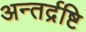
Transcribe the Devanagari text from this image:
अन्तर्द्रष्टि